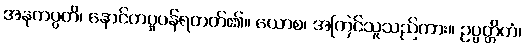
အနုကပ္ပတိ၊ နောင်တပူပန်ရတတ်၏။ ယောစ၊ အကြင်သူသည်ကား။ ဥပ္ပတ္တိတံ၊